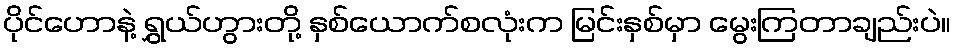
ပိုင်ဟောနဲ့ ရွှယ်ဟွားတို့ နှစ်ယောက်စလုံးက မြင်းနှစ်မှာ မွေးကြတာချည်းပဲ။